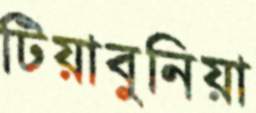
টিয়াবুনিয়া